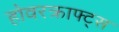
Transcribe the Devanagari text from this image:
होवरक्राफ्ट्स